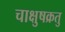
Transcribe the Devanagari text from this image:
चाक्षुषक्रतु